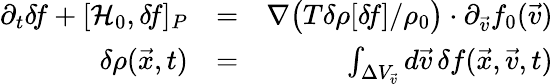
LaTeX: \begin{array}{rlr}{\partial_{t}\delta\! f+[\mathcal{H}_{0},\delta\! f]_{P}}&{=}&{\nabla\big(T\delta\rho[\delta\! f]/\rho_{0}\big)\cdot\partial_{\vec{v}}f_{0}(\vec{v})}\\ {\delta\rho(\vec{x},t)}&{=}&{\int_{\Delta V_{\vec{v}}}d\vec{v}\, \delta f(\vec{x},\vec{v},t)}\end{array}